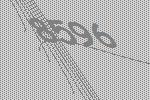
8596